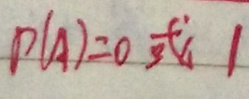
$P(A)=0 $或 1